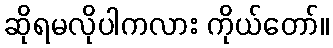
ဆိုရမလိုပါကလား ကိုယ်တော်။